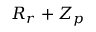
R _ { r } + Z _ { p }